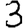
Digit: 3